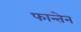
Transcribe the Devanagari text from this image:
फान्तेन